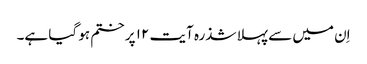
اِن میں سے پہلا شذرہ آیت ۱۲ پر ختم ہو گیا ہے۔